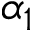
\alpha _ { 1 }